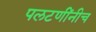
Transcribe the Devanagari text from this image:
पलटणींनीच